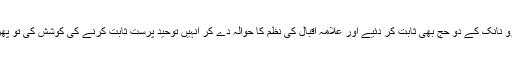
آپ نے جب اپنے کالم میں بابا گورو نانک کے دو حج بھی ثابت کر دئیے اور علامہ اقبال کی نظم کا حوالہ دے کر انہیں توحید پرست ثابت کرنے کی کوشش کی تو پھر یہ مسئلہ ہندوﺅں کا کیسے ہو گیا۔